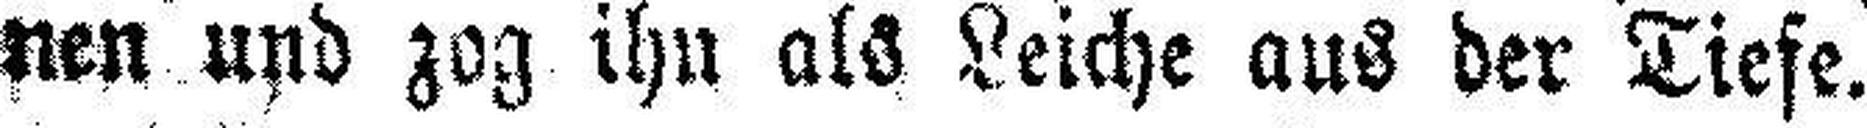
nen und zog ihn als Leiche aus der Tiefe.